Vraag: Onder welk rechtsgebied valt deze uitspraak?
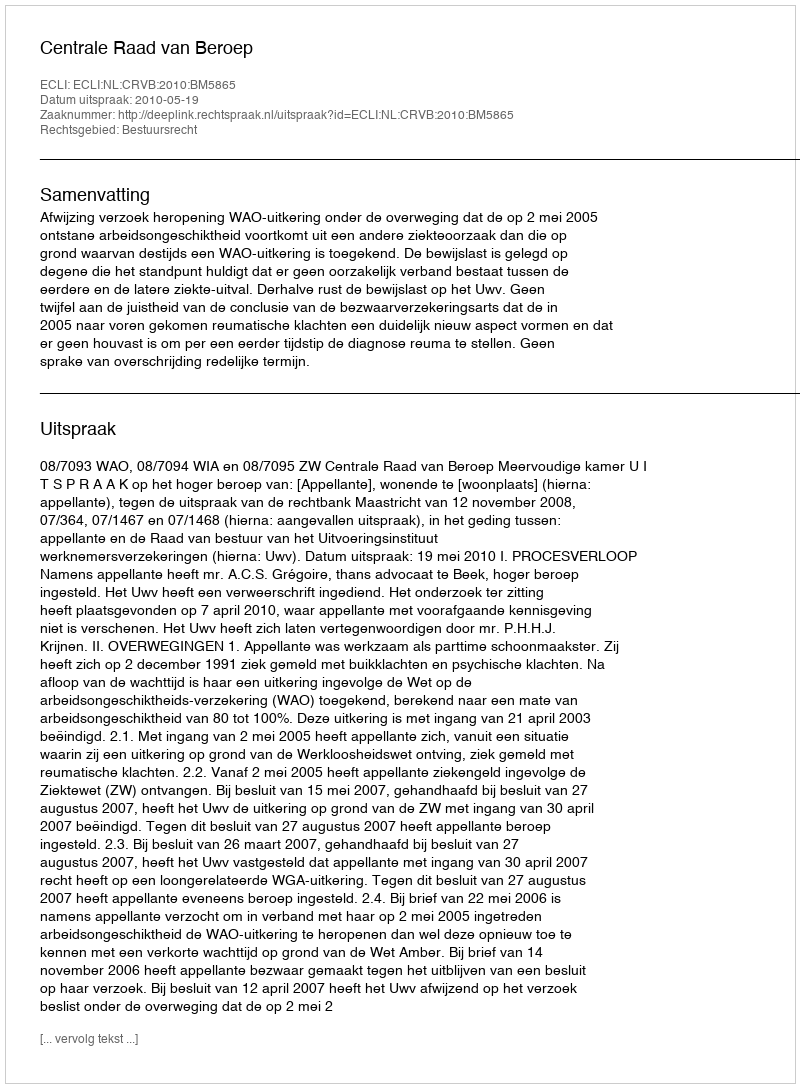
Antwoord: Bestuursrecht